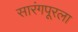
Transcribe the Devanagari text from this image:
सारंगपूरला